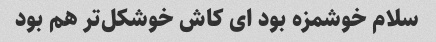
سلام خوشمزه بود ای کاش خوشکل‌تر هم بود